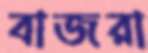
বাজরা